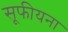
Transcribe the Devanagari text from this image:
सूफीयना